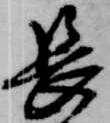
長